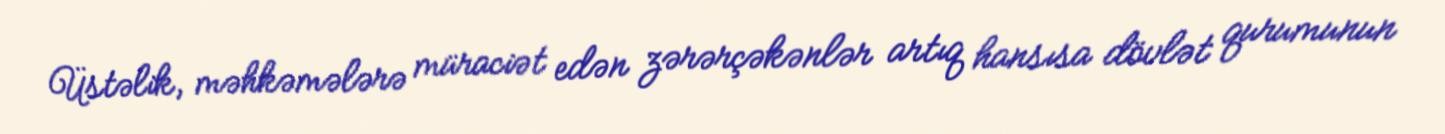
Üstəlik, məhkəmələrə müraciət edən zərərçəkənlər artıq hansısa dövlət qurumunun